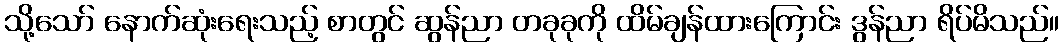
သို့သော် နောက်ဆုံးရေးသည့် စာတွင် ဆွန်ညာ တခုခုကို ထိမ်ချန်ထားကြောင်း ဒွန်ညာ ရိပ်မိသည်။